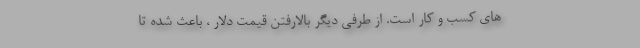
های کسب و کار است. از طرفی دیگر بالارفتن قیمت دلار ، باعث شده تا